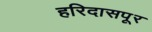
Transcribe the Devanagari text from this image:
हरिदासपूर